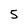
Character: 5